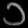
Digit: ၁